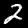
Label: 2